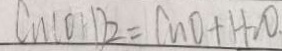
C u ( O H ) _ { 2 } = C u O + H _ { 2 } O .